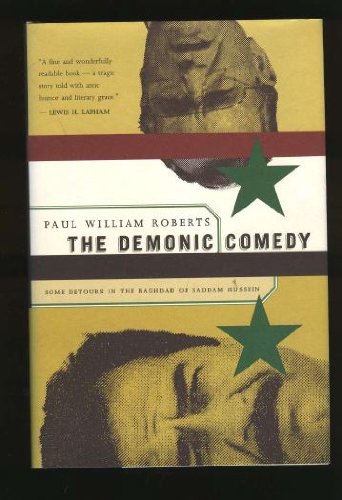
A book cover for The demonic comedy: Some detours in the Baghdad of Saddam Hussein; Paul William Roberts; Travel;